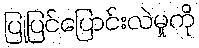
ပြုပြင်ပြောင်းလဲမှုကို